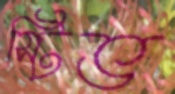
স্টিভ